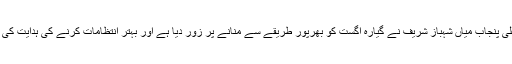
وزیر اعلی ٰپنجاب میاں شہباز شریف نے گیارہ اگست کو بھرپور طریقے سے منانے پر زور دیا ہے اور بہتر انتظامات کرنے کی ہدایت کی گئ ہے۔